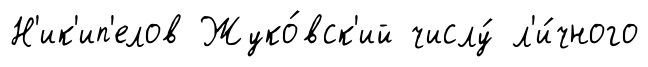
Н'ик'ип'елов Жуко́вск'ий числу́ л'и́чного